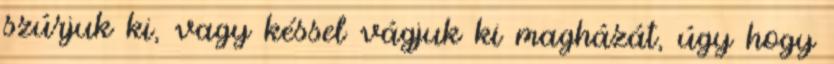
szúrjuk ki, vagy késsel vágjuk ki magházát, úgy hogy